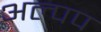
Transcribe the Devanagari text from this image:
अल्पप